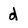
Character: d